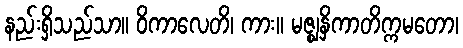
နည်းရှိသည်သာ။ ဝိကာလေတိ၊ ကား။ မဇ္ဈနှိကာတိက္ကမတော၊